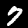
Digit: 7